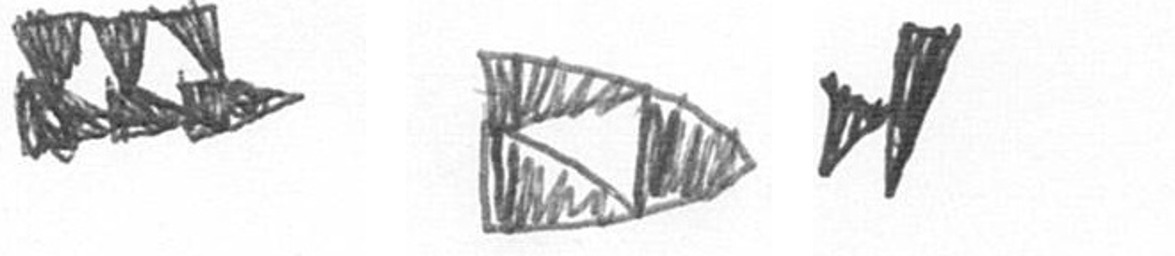
D K M